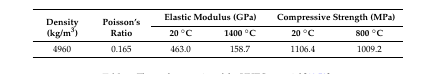
<table><thead><tr><td rowspan="2"><b>Density (kg/m<sup>3</sup>)</b></td><td rowspan="2"><b>Poisson’s Ratio</b></td><td colspan="2"><b>Elastic Modulus (GPa)</b></td><td colspan="2"><b>Compressive Strength (MPa)</b></td></tr><tr><td><b>20 °C</b></td><td><b>1400 °C</b></td><td><b>20 °C</b></td><td><b>800 °C</b></td></tr></thead><tbody><tr><td>4960</td><td>0.165</td><td>463.0</td><td>158.7</td><td>1106.4</td><td>1009.2</td></tr></tbody></table>